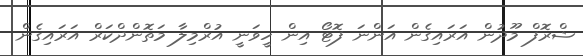
ޝްރޮފް މޫދުން އަރައިގެން އަންނަ ފޮޓޯ އިން ހީވަނީ އުރްމިލާ މަތޮންދްކަރް އަރައިގެން